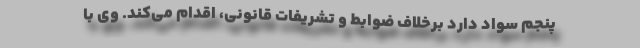
پنجم سواد دارد برخلاف ضوابط و تشریفات قانونی، اقدام می‌کند. وی با